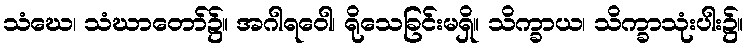
သံဃေ၊ သံဃာတော်၌။ အဂါရဝေါ၊ ရိုသေခြင်းမရှိ။ သိက္ခာယ၊ သိက္ခာသုံးပါး၌။